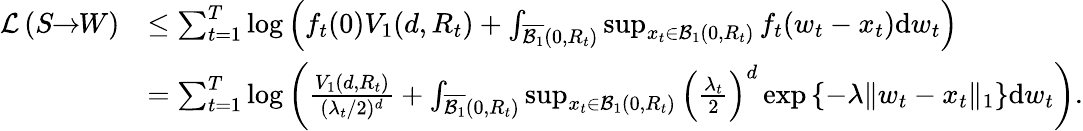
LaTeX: \begin{array}{rl}{\mathcal{L}\left(S\! \! \to\! \! W\right)}&{\leq\sum_{t=1}^{T}\log\left(f_{t}(0)V_{1}(d,R_{t})+\int_{\overline{{\mathcal{B}_{1}}}(0,R_{t})}\operatorname*{sup}_{x_{t}\in\mathcal{B}_{1}(0,R_{t})}f_{t}(w_{t}-x_{t})\mathrm{d}w_{t}\right)}\\ &{=\sum_{t=1}^{T}\log\left(\frac{V_{1}(d,R_{t})}{(\lambda_{t}/2)^{d}}+\int_{\overline{{\mathcal{B}_{1}}}(0,R_{t})}\operatorname*{sup}_{x_{t}\in\mathcal{B}_{1}(0,R_{t})}\left(\frac{\lambda_{t}}{2}\right)^{d}\exp\left\lbrace-\lambda\| w_{t}-x_{t}\| _{1}\right\rbrace\mathrm{d}w_{t}\right).}\end{array}